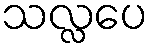
သလ္လပေ